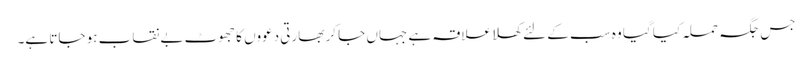
جس جگہ حملہ کیا گیا وہ سب کے لئے کھلا علاقہ ہے جہاں جا کر بھارتی دعووں کا جھوٹ بے نقاب ہو جاتا ہے۔